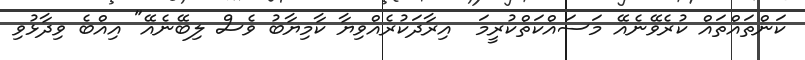
ކަންތައްތައް ކުރެވޭނެއޭ މަސައްކަތްކުރީމަ  އިރާދަކުރެއްވިޔާ ކާމިޔާބު ވެސް ލިބޭނެއޭ" އިއްބެ ވިދާޅުވި